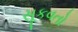
સૂકવતો